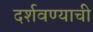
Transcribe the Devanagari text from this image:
दर्शवण्याची